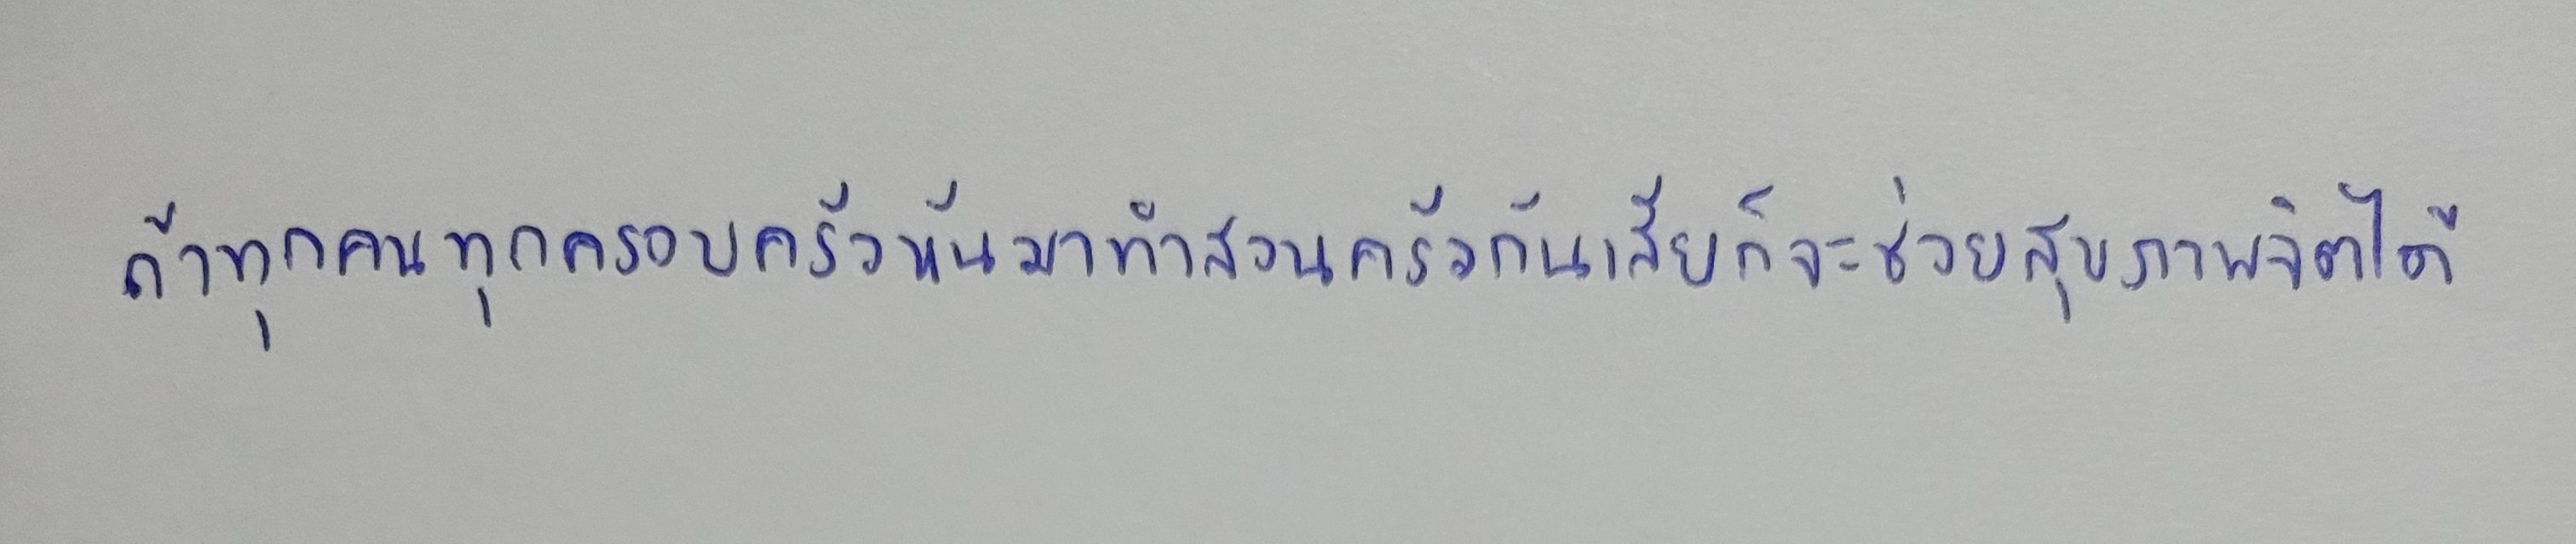
ถ้าทุกคนทุกครอบครัวหันมาทำสวนครัวกันเสียก็จะช่วยสุขภาพจิตได้